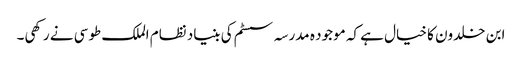
ابن خلدون کا خیال ہے کہ موجود ہ مدرسہ سسٹم کی بنیاد نظام الملک طوسی نے رکھی۔